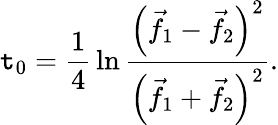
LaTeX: \mathtt{t}_{0}={\frac{{1}}{{4}}}\ln{\frac{{\left({\vec{{f}}}_{1}-{\vec{{f}}}_{2}\right)^{2}}}{{\left({\vec{{f}}}_{1}+{\vec{{f}}}_{2}\right)^{2}}}}.